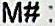
M# :